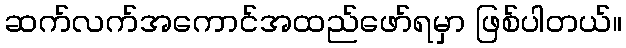
ဆက်လက်အကောင်အထည်ဖော်ရမှာ ဖြစ်ပါတယ်။